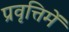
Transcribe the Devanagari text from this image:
प्रवृत्तिमें